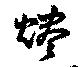
燼